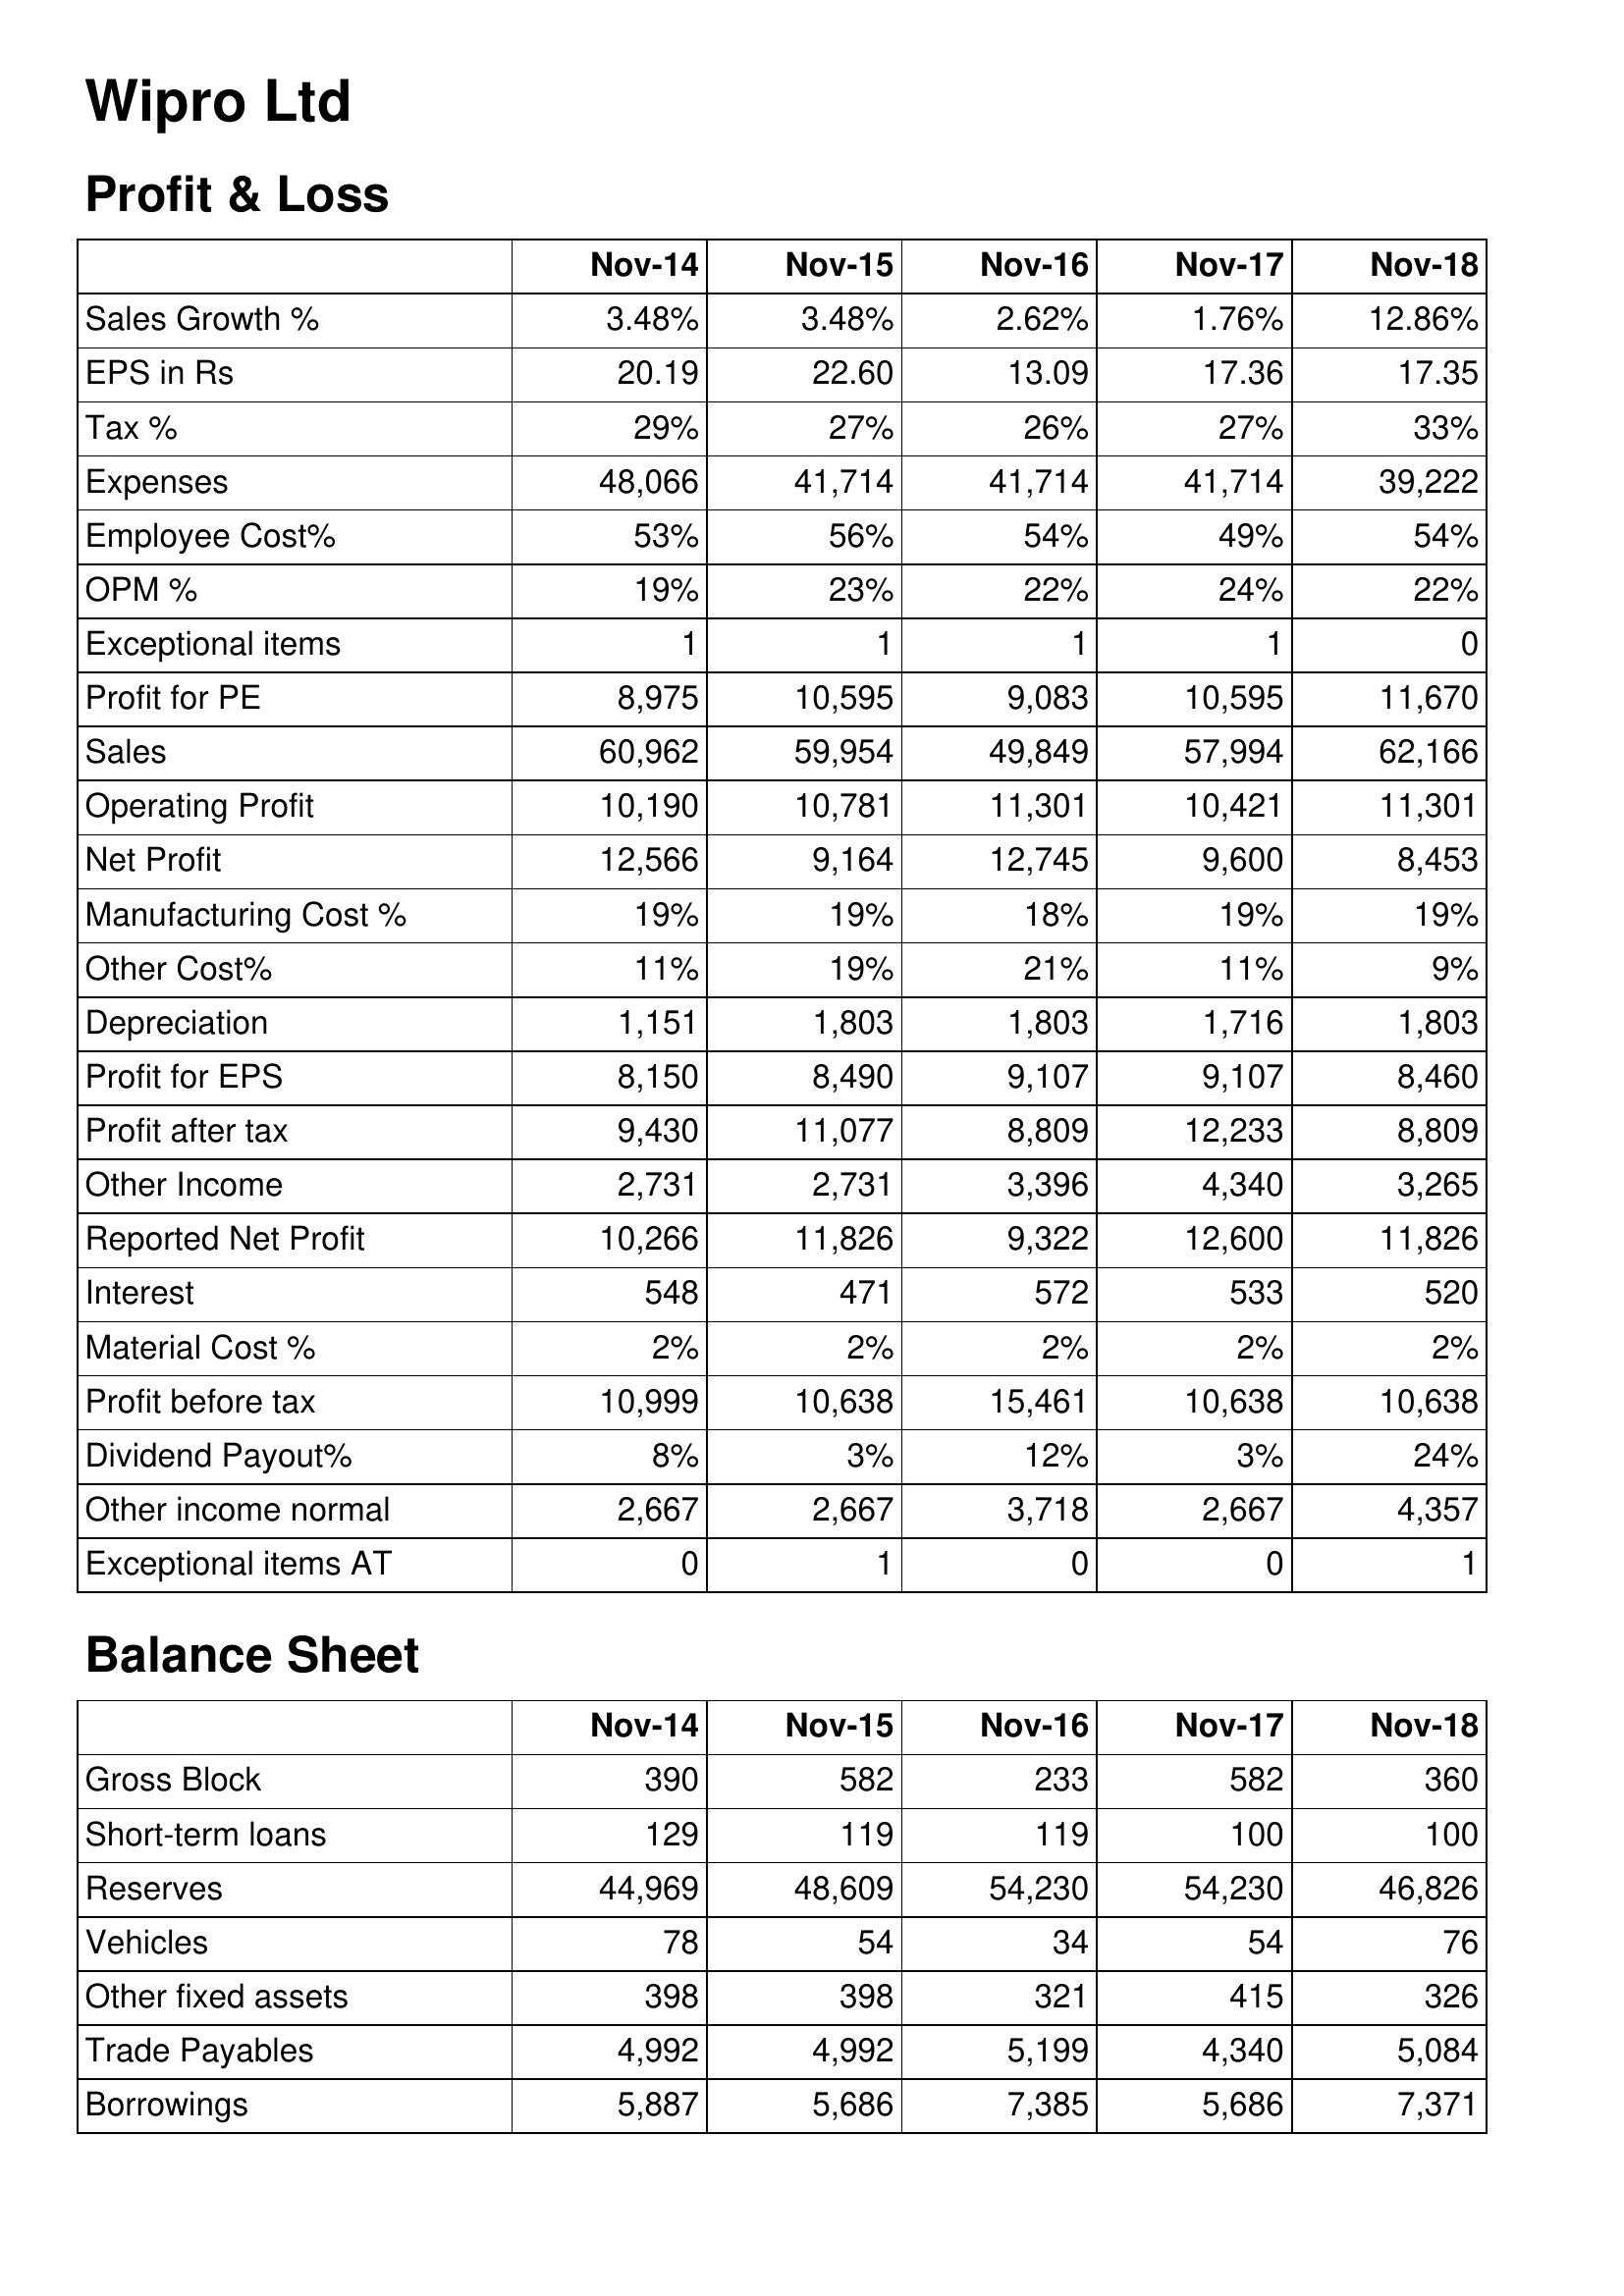
Nov-14: Profit & Loss: Sales Growth %: 3.48%
EPS in Rs: 20.19
Tax %: 29%
Expenses: 48,066
Employee Cost%: 53%
OPM %: 19%
Exceptional items: 1
Profit for PE: 8,975
Sales: 60,962
Operating Profit: 10,190
Net Profit: 12,566
Manufacturing Cost %: 19%
Other Cost%: 11%
Depreciation: 1,151
Profit for EPS: 8,150
Profit after tax: 9,430
Other Income: 2,731
Reported Net Profit: 10,266
Interest: 548
Material Cost %: 2%
Profit before tax: 10,999
Dividend Payout%: 8%
Other income normal: 2,667
Exceptional items AT: 0
Balance Sheet: Gross Block: 390
Short-term loans: 129
Reserves: 44,969
Vehicles: 78
Other fixed assets: 398
Trade Payables: 4,992
Borrowings: 5,887
Nov-15: Profit & Loss: Sales Growth %: 3.48%
EPS in Rs: 22.60
Tax %: 27%
Expenses: 41,714
Employee Cost%: 56%
OPM %: 23%
Exceptional items: 1
Profit for PE: 10,595
Sales: 59,954
Operating Profit: 10,781
Net Profit: 9,164
Manufacturing Cost %: 19%
Other Cost%: 19%
Depreciation: 1,803
Profit for EPS: 8,490
Profit after tax: 11,077
Other Income: 2,731
Reported Net Profit: 11,826
Interest: 471
Material Cost %: 2%
Profit before tax: 10,638
Dividend Payout%: 3%
Other income normal: 2,667
Exceptional items AT: 1
Balance Sheet: Gross Block: 582
Short-term loans: 119
Reserves: 48,609
Vehicles: 54
Other fixed assets: 398
Trade Payables: 4,992
Borrowings: 5,686
Nov-16: Profit & Loss: Sales Growth %: 2.62%
EPS in Rs: 13.09
Tax %: 26%
Expenses: 41,714
Employee Cost%: 54%
OPM %: 22%
Exceptional items: 1
Profit for PE: 9,083
Sales: 49,849
Operating Profit: 11,301
Net Profit: 12,745
Manufacturing Cost %: 18%
Other Cost%: 21%
Depreciation: 1,803
Profit for EPS: 9,107
Profit after tax: 8,809
Other Income: 3,396
Reported Net Profit: 9,322
Interest: 572
Material Cost %: 2%
Profit before tax: 15,461
Dividend Payout%: 12%
Other income normal: 3,718
Exceptional items AT: 0
Balance Sheet: Gross Block: 233
Short-term loans: 119
Reserves: 54,230
Vehicles: 34
Other fixed assets: 321
Trade Payables: 5,199
Borrowings: 7,385
Nov-17: Profit & Loss: Sales Growth %: 1.76%
EPS in Rs: 17.36
Tax %: 27%
Expenses: 41,714
Employee Cost%: 49%
OPM %: 24%
Exceptional items: 1
Profit for PE: 10,595
Sales: 57,994
Operating Profit: 10,421
Net Profit: 9,600
Manufacturing Cost %: 19%
Other Cost%: 11%
Depreciation: 1,716
Profit for EPS: 9,107
Profit after tax: 12,233
Other Income: 4,340
Reported Net Profit: 12,600
Interest: 533
Material Cost %: 2%
Profit before tax: 10,638
Dividend Payout%: 3%
Other income normal: 2,667
Exceptional items AT: 0
Balance Sheet: Gross Block: 582
Short-term loans: 100
Reserves: 54,230
Vehicles: 54
Other fixed assets: 415
Trade Payables: 4,340
Borrowings: 5,686
Nov-18: Profit & Loss: Sales Growth %: 12.86%
EPS in Rs: 17.35
Tax %: 33%
Expenses: 39,222
Employee Cost%: 54%
OPM %: 22%
Exceptional items: 0
Profit for PE: 11,670
Sales: 62,166
Operating Profit: 11,301
Net Profit: 8,453
Manufacturing Cost %: 19%
Other Cost%: 9%
Depreciation: 1,803
Profit for EPS: 8,460
Profit after tax: 8,809
Other Income: 3,265
Reported Net Profit: 11,826
Interest: 520
Material Cost %: 2%
Profit before tax: 10,638
Dividend Payout%: 24%
Other income normal: 4,357
Exceptional items AT: 1
Balance Sheet: Gross Block: 360
Short-term loans: 100
Reserves: 46,826
Vehicles: 76
Other fixed assets: 326
Trade Payables: 5,084
Borrowings: 7,371